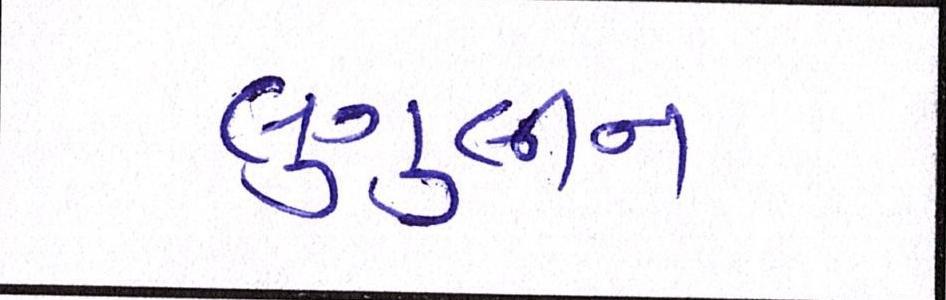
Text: લુગુલીન